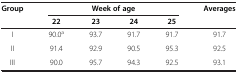
<table><thead><tr><td rowspan="2"><b>Group</b></td><td colspan="4"><b>Week of age</b></td><td rowspan="2"><b>Averages</b></td></tr><tr><td><b>22</b></td><td><b>23</b></td><td><b>24</b></td><td><b>25</b></td></tr></thead><tbody><tr><td>I</td><td>90.0<sup>a</sup></td><td>93.7</td><td>91.7</td><td>91.7</td><td>91.7</td></tr><tr><td>II</td><td>91.4</td><td>92.9</td><td>90.5</td><td>95.3</td><td>92.5</td></tr><tr><td>III</td><td>90.0</td><td>95.7</td><td>94.3</td><td>92.5</td><td>93.1</td></tr></tbody></table>